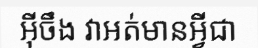
អ៊ីចឹង វាអត់មានអ្វីជា